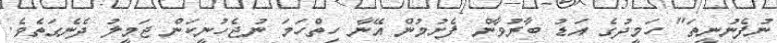
ނުފެނުނީތަ" ހަމީދުގެ އަޑު ބާރުވާން ފެށުމުން އޭނާ ހިތްހަމަ ނުޖެހުނީކަން ޖަމީލު ދެނެގަތެވެ.